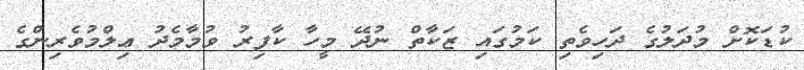
ކުޑަކޮށް މުދަލުގެ ދަހިވެތި ކަމުގައި ޒަކާތް ނުދޭ މީހާ ކާފިރު ވުމާމެދު ޢިލްމުވެރިންގެ